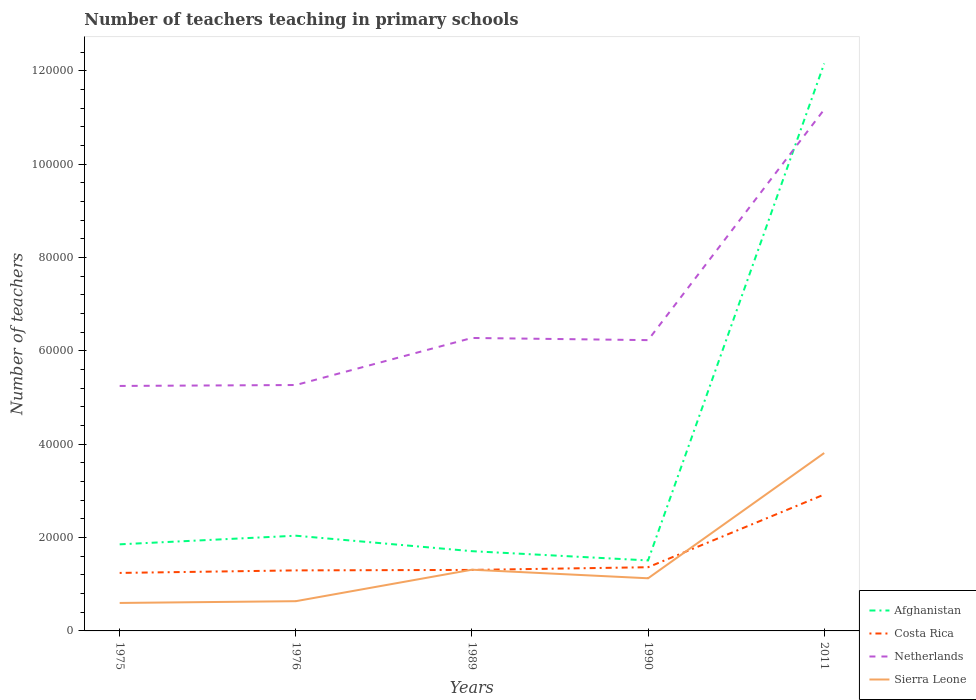
| Years | Afghanistan | Costa Rica | Netherlands | Sierra Leone |
 | --- | --- | --- | --- | --- |
 | 1975 | 1.86e+04 | 1.24e+04 | 5.25e+04 | 5.99e+03 |
 | 1976 | 2.04e+04 | 1.3e+04 | 5.27e+04 | 6.37e+03 |
 | 1989 | 1.71e+04 | 1.31e+04 | 6.28e+04 | 1.31e+04 |
 | 1990 | 1.51e+04 | 1.37e+04 | 6.23e+04 | 1.13e+04 |
 | 2011 | 1.22e+05 | 2.92e+04 | 1.12e+05 | 3.81e+04 |